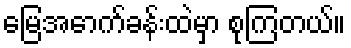
မြေအောက်ခန်းထဲမှာ စုကြတယ်။